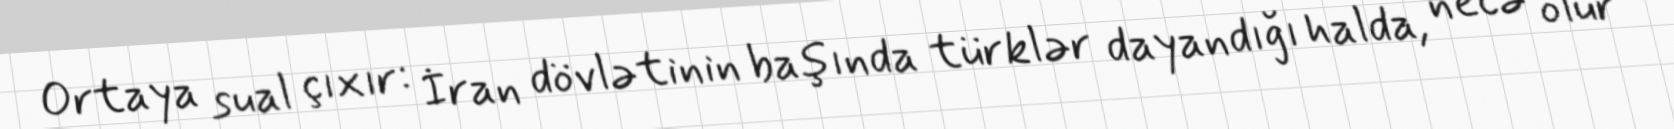
Ortaya sual çıxır: İran dövlətinin başında türklər dayandığı halda, necə olur